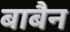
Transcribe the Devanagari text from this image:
बाबैन